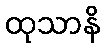
ထုသာနိ